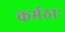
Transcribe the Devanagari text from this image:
कर्मठाः